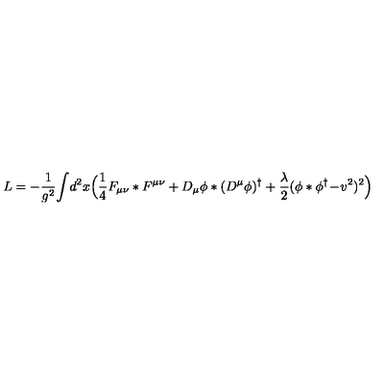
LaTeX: L = - { \frac { 1 } { g ^ { 2 } } } \! \int \! d ^ { 2 } x \Bigl ( { \frac { 1 } { 4 } } F _ { \mu \nu } * F ^ { \mu \nu } + D _ { \mu } \phi * ( D ^ { \mu } \phi ) ^ { \dagger } + { \frac { \lambda } { 2 } } ( \phi * \phi ^ { \dagger } \! - \! v ^ { 2 } ) ^ { 2 } \Bigr )